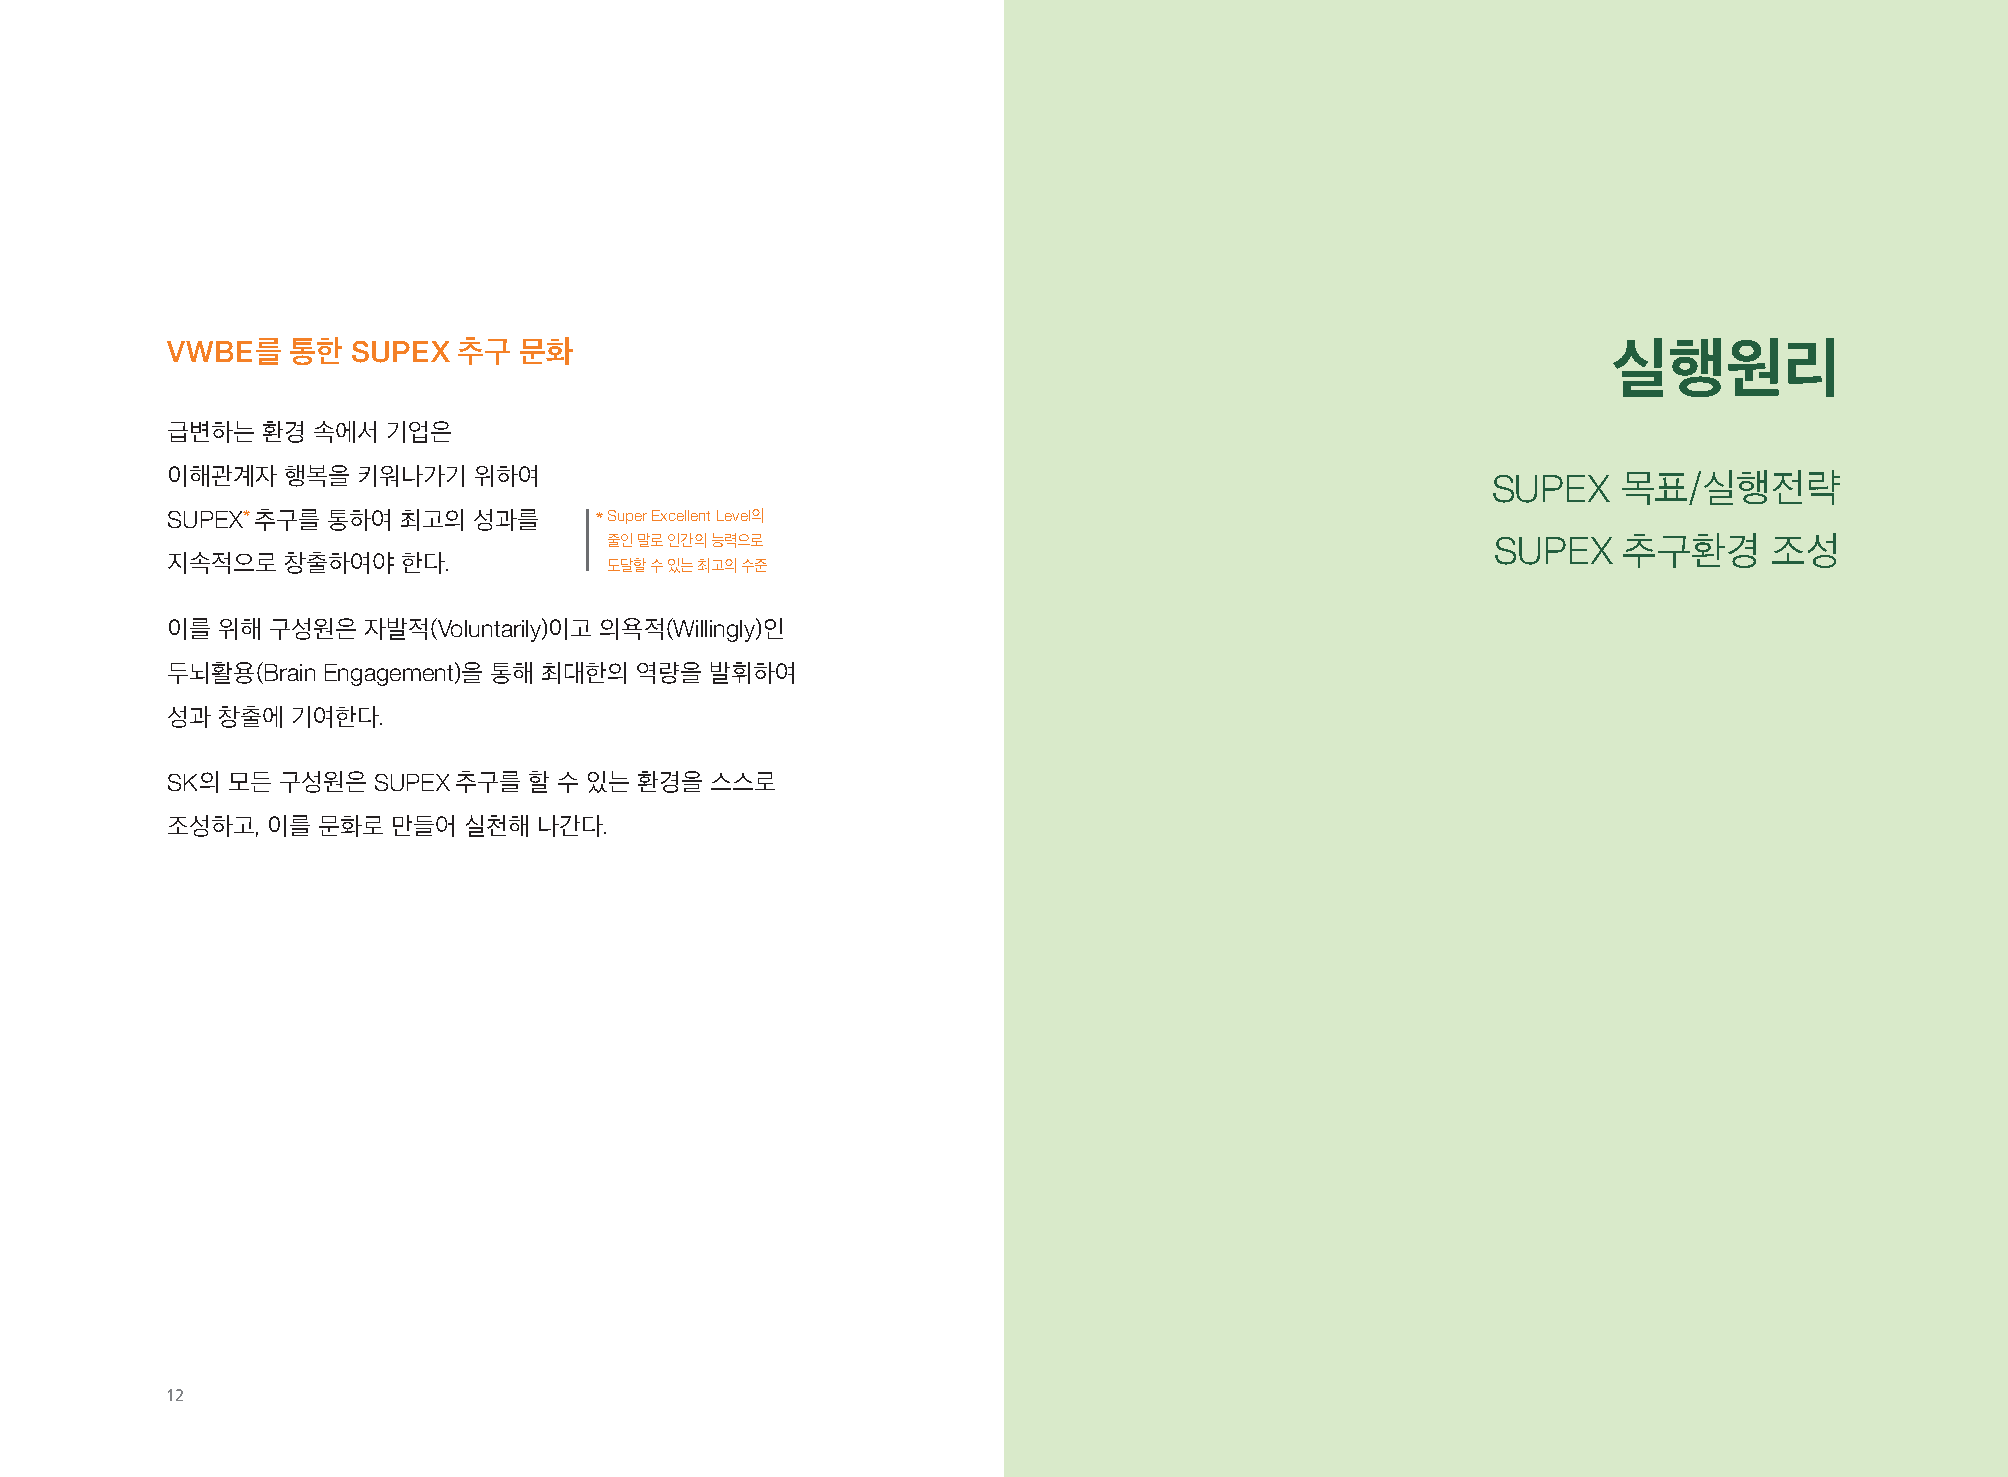
VWBE를   통한  SUPEX  추구  문화                                                                       실행원리
 급변하는  환경  속에서  기업은
 이해관계자   행복을  키워나가기  위하여                                                                 SUPEX   목표/실행전략
 SUPEX* 추구를 통하여 최고의  성과를     * Super Excellent Level의
 줄인 말로 인간의 능력으로                                             SUPEX   추구환경      조성
 지속적으로   창출하여야   한다.
 도달할 수 있는 최고의 수준
 이를 위해  구성원은  자발적(Voluntarily)이고 의욕적(Willingly)인
 두뇌활용(Brain Engagement)을 통해 최대한의 역량을 발휘하여
 성과 창출에  기여한다.
 SK의 모든 구성원은   SUPEX 추구를 할 수 있는 환경을  스스로
 조성하고,  이를 문화로  만들어  실천해  나간다.
 12